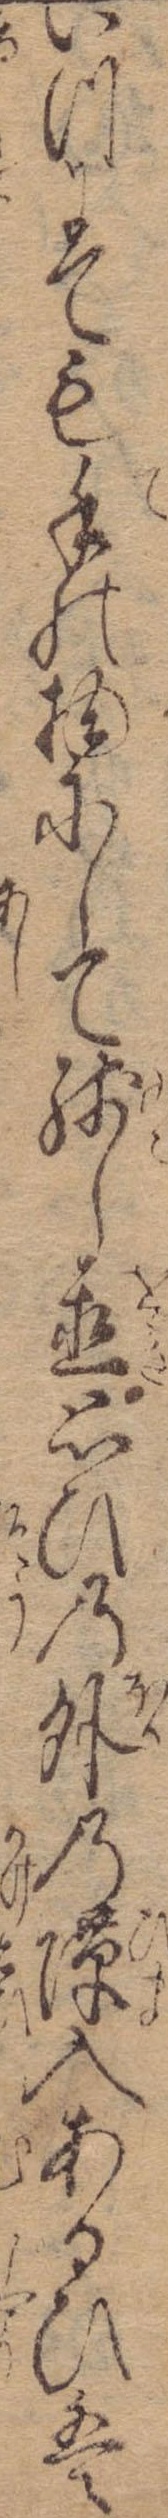
いつにても手の物にして残し置思ひの外の入あるひは